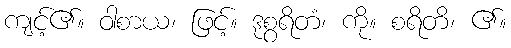
ကျင့်၏။ ဝါစာယ၊ ဖြင့်။ ဒုစွရိတံ၊ ကို။ စရိတိ၊ ၏။